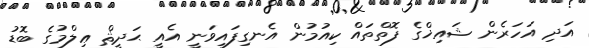
އަދި އަހަރެން ޝައިޚްގެ ފޮތްތައް ކިއުމުން އެނގިފައިވަނީ އެއީ ޙަދީޘް ޢިލްމުގެ ބޮޑު